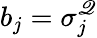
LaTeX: b_{j}=\sigma_{j}^{\mathscr{Q}}